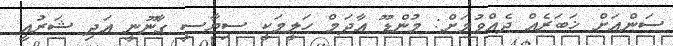
ސަންއަށް ޚަބަރެއް ދެއްވުމަށް: މުންޑޫ އާދަމް ހަލީމަކީ ސިޔާސީ ގާނޫނީ އަދި ޝަރުއީ